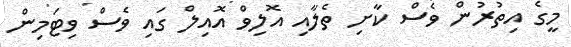
މީގެ އިތުރުން ވެސް ކާށި ތެލާއި އޮލިވް އޮއިލް ގައި ވެސް ވިޓަމިން